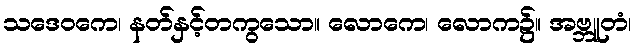
သဒေဝကေ၊ နတ်နှင့်တကွသော။ လောကေ၊ လောက၌။ အဗ္ဘူတံ၊